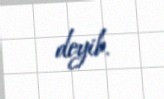
deyib.